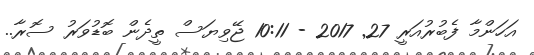
އަހަންމާ ފެބުރުއަރީ 27